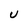
Character: U